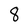
Character: 8